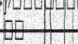
٤٩